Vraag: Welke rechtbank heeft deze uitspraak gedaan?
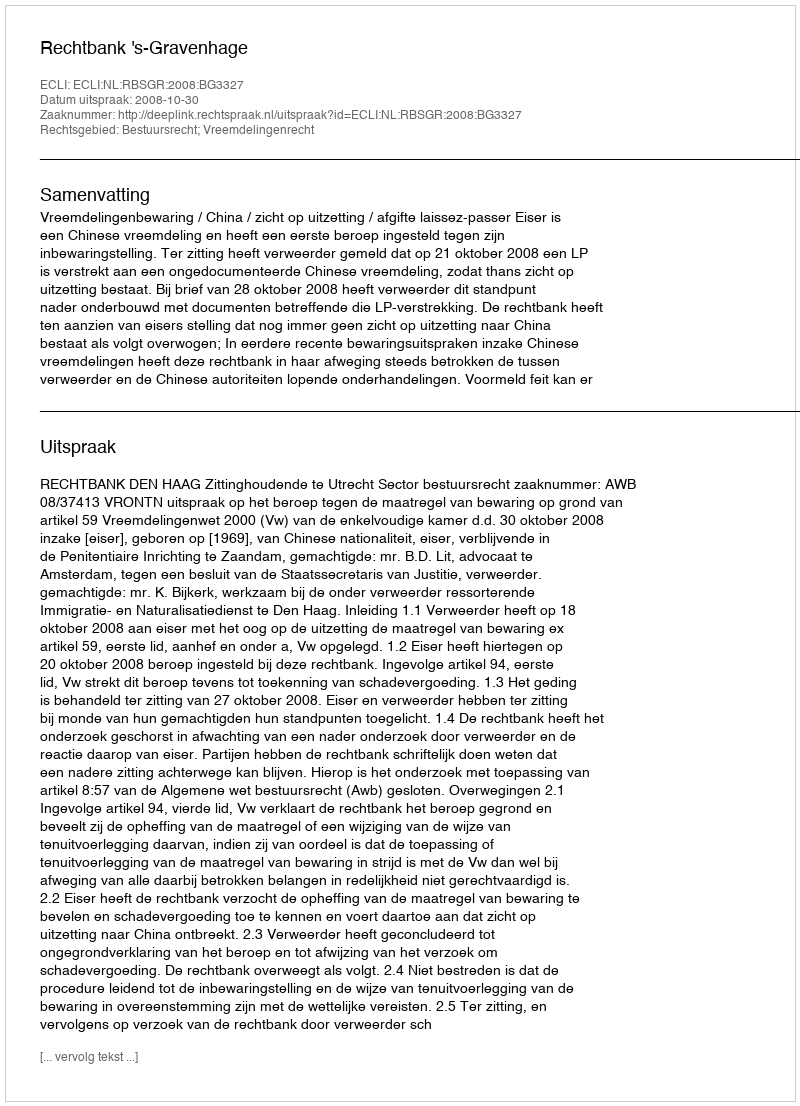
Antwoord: Rechtbank 's-Gravenhage